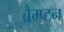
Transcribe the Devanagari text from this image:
ब्रैम्प्टन